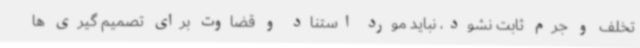
تخلف و جرم ثابت نشود، نباید مورد استناد و قضاوت برای تصمیم گیری ها